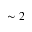
\sim 2